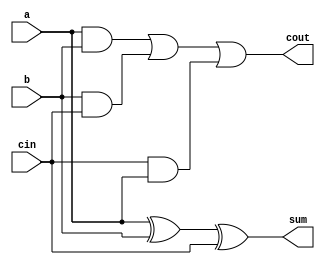
/*
    Assignment   :  5
    Problem      :  3
    Semester     :  Autumn 2020
    Group        :  G9
    Members      :  Akshat Shukla(18CS10002)
                    Animesh Barua(18CS10003)
*/
module full_adder(a, b, sum, cin, cout);    //1 bit full adder

    input a, b;
    input cin;
    output sum;
    output cout;

    assign sum = a^b^cin;
    assign cout = a&b | b&cin | cin&a;

endmodule

module adder_row(a, b, sum, cin, cout);     //row of 4 full adders

    input[3:0] a, b;
    input cin;
    output[3:0] sum;
    output cout;

    wire carry[2:0];

    full_adder adder0(a[0], b[0], sum[0], cin, carry[0]);
    full_adder adder1(a[1], b[1], sum[1], carry[0], carry[1]);
    full_adder adder2(a[2], b[2], sum[2], carry[1], carry[2]);
    full_adder adder3(a[3], b[3], sum[3], carry[2], cout);


endmodule

module mux(in0, in1, select, out);          //mux to select output wrt to input carry

    input in0, in1;
    input select;
    output out;

    assign out = select ? in1 : in0;

endmodule

module csla(a, b, sum, cin, cout);          //4 bit carry select adder

    input[3:0] a, b;
    input cin;
    output[3:0] sum;
    output cout;

    wire zero, one, carry0, carry1;
    wire[3:0] sum0, sum1;

    assign zero = 0;
    assign one = 1;

    adder_row row0(a, b, sum0, zero, carry0);   //adders assuming carry to be 0
    adder_row row1(a, b, sum1, one, carry1);    //adders assuming carry to be 1

    mux m0(sum0[0], sum1[0], cin, sum[0]);
    mux m1(sum0[1], sum1[1], cin, sum[1]);
    mux m2(sum0[2], sum1[2], cin, sum[2]);
    mux m3(sum0[3], sum1[3], cin, sum[3]);
    mux m4(carry0, carry1, cin, cout);

endmodule

module csla_16bit(a, b, sum, cin, cout);        //concatenating 4 carry select adder to get 16 bit csa

    input[15:0] a, b;
    input cin;
    output[15:0] sum;
    output cout;

    wire carry[2:0];

    csla adder0(a[3:0], b[3:0], sum[3:0], cin, carry[0]);
    csla adder1(a[7:4], b[7:4], sum[7:4], carry[0], carry[1]);
    csla adder2(a[11:8], b[11:8], sum[11:8], carry[1], carry[2]);
    csla adder3(a[15:12], b[15:12], sum[15:12], carry[2], cout);

endmodule